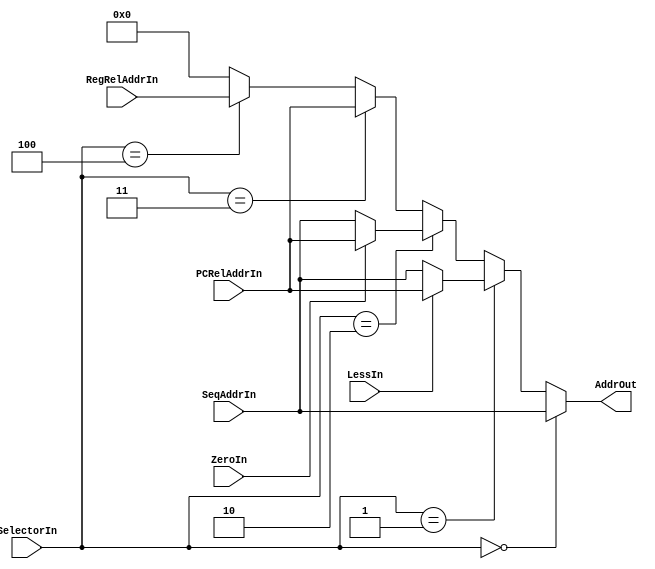
module AddrMUX(LessIn,ZeroIn,RegRelAddrIn,
               PCRelAddrIn,SeqAddrIn,SelectorIn,AddrOut);
  input LessIn;              //from ALU
  input ZeroIn;              //from ALU
  input[31:0] RegRelAddrIn;  //from ALU
  input[31:0] PCRelAddrIn;   //from PCPlusOffsetAdder
  input[31:0] SeqAddrIn;     //from PCPlus1Adder
  input[2:0] SelectorIn;     //from Controller
  output reg[31:0] AddrOut;  //to PC

  always @(*) begin
    if (SelectorIn==0) AddrOut<=SeqAddrIn;
    else if (SelectorIn==1) begin             //blt     
      if (LessIn==1) AddrOut<=PCRelAddrIn; 
      else AddrOut<=SeqAddrIn;
    end
    else if (SelectorIn==2) begin             //beq
      if (ZeroIn==1) AddrOut<=PCRelAddrIn; 
      else AddrOut<=SeqAddrIn;
    end
    else if (SelectorIn==3) AddrOut<=PCRelAddrIn;    //jal
    else if (SelectorIn==4) AddrOut<=RegRelAddrIn;    //jalr
    else AddrOut<=0;  //reset
  end
endmodule